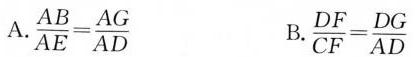
A. \frac{AB}{AE}= \frac{AG}{AD}B.\frac{DF}{CF}= \frac{DG}{AD}